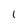
Character: l